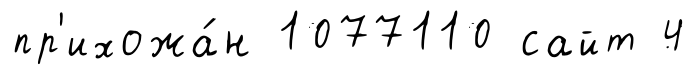
пр'ихожа́н 1077110 сайт 4